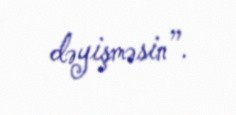
dəyişməsin”.